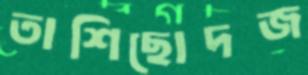
তাশিছোদজ